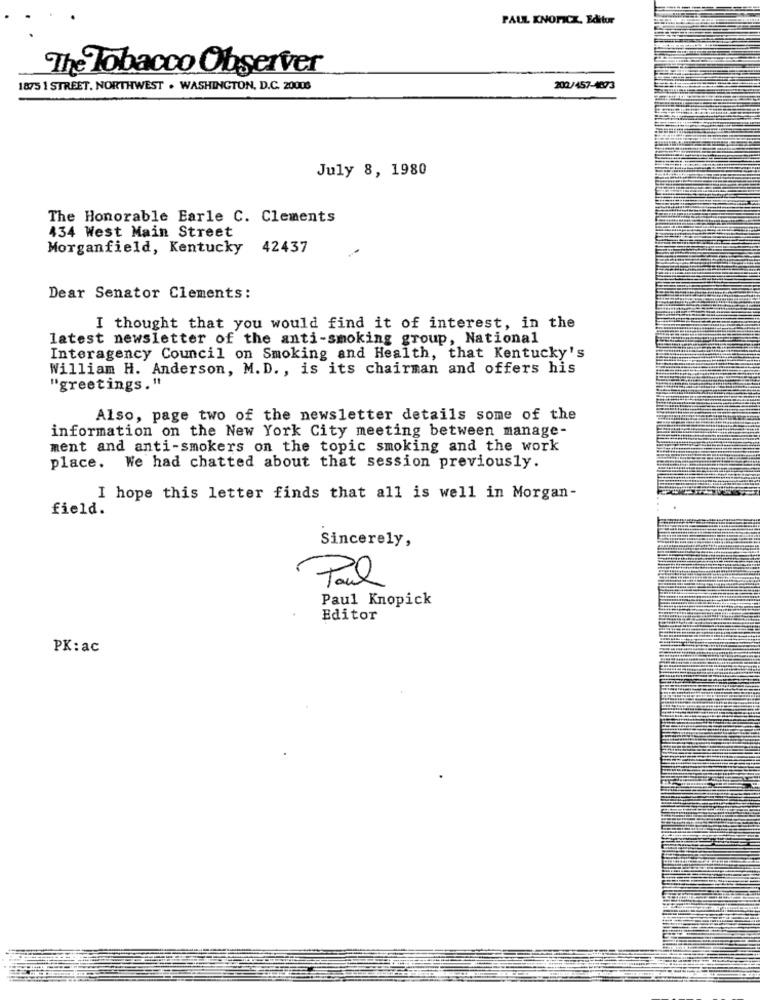
PAUL KNOFICK. Editur
The Tobacco Observer
1875 1 STREET. NORTHWEST . WASHINGTON, D.C. 20008
202/457-4873
July 8, 1980
The Honorable Earle C. Clements
434 West Main Street
Morganfield, Kentucky
42437
Dear Senator Clements:
I thought that you would find it of interest, in the
latest newsletter of the anti-smoking group, National
Interagency Council on Smoking and Health, that Kentucky's
William H. Anderson, M. D ., is its chairman and offers his
"greetings."
Also, page two of the newsletter details some of the
information on the New York City meeting between manage-
ment and anti-smokers on the topic smoking and the work
place. We had chatted about that session previously.
I hope this letter finds that all is well in Morgan-
field.
Sincerely,
Paul
Paul Knopick
Editor
PK: ac